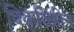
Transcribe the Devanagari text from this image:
विकृतिहीन